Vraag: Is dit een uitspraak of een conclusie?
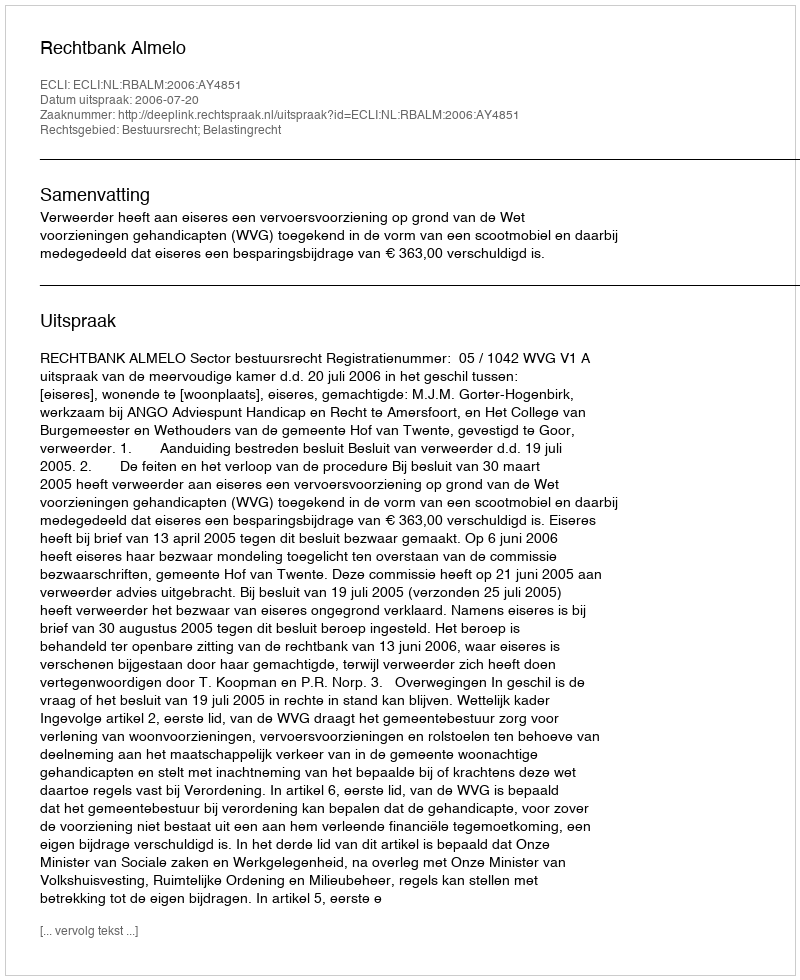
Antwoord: Uitspraak